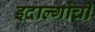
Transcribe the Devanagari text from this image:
इदाल्गोची